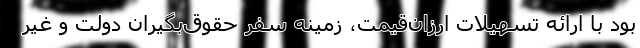
بود با ارائه تسهیلات ارزان‌قیمت، زمینه سفر حقوق‌بگیران دولت و غیر